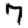
Digit: 7